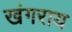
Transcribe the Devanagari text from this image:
खंगराय